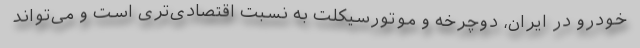
خودرو در ایران، دوچرخه و موتورسیکلت به نسبت اقتصادی‌تری است و می‌تواند